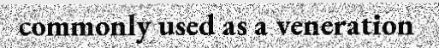
commonly used as a veneration